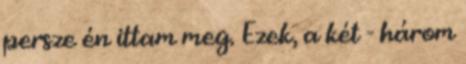
persze én ittam meg. Ezek, a két - három